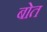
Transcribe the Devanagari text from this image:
बोत